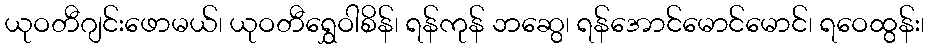
ယုဝတီဂျင်းဖောမယ်၊ ယုဝတီရွှေဝါစိန်၊ ရန်ကုန် ဘဆွေ၊ ရန်အောင်မောင်မောင်၊ ရဝေထွန်း၊